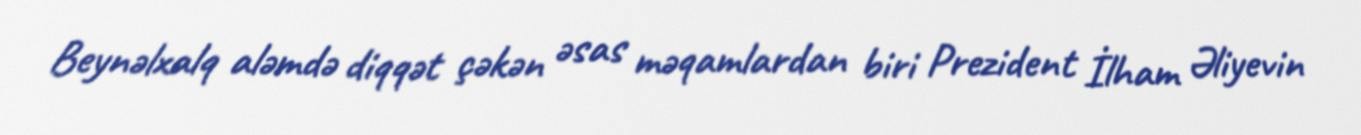
Beynəlxalq aləmdə diqqət çəkən əsas məqamlardan biri Prezident İlham Əliyevin